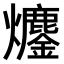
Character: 𤓍